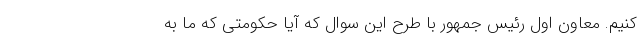
کنیم. معاون اول رئیس جمهور با طرح این سوال که آیا حکومتی که ما به